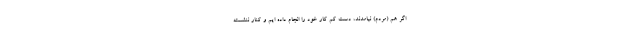
اگر هم (مردم) نیامدند، دست کم کار خود را انجام داده ایم و کنار ننشسته